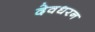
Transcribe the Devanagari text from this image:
देवधरन